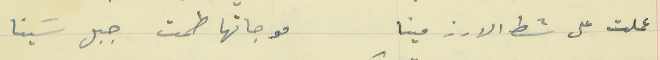
عملت على شط الارز مينا                                  موجاتها طمت جبل سَينا